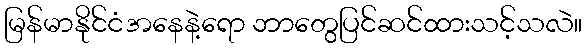
မြန်မာနိုင်ငံအနေနဲ့ရော ဘာတွေပြင်ဆင်ထားသင့်သလဲ။